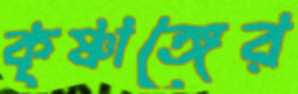
কৃষ্ণাঙ্গের